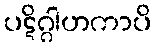
ပဋိဂ္ဂါဟကာပိ